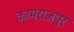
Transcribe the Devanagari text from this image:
कामराजपुर